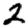
Digit: 2